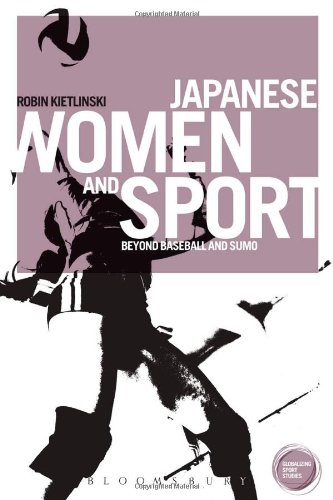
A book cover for Japanese Women and Sport: Beyond Baseball and Sumo (Globalizing Sport Studies); Robin Kietlinski; Sports & Outdoors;